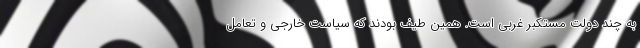
به چند دولت مستکبر غربی است. همین طیف بودند که سیاست خارجی و تعامل